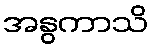
အနွကာသိ